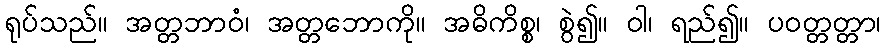
ရုပ်သည်။ အတ္တဘာဝံ၊ အတ္တဘောကို။ အဓိကိစ္စ၊ စွဲ၍။ ဝါ၊ ရည်၍။ ပဝတ္တတ္တာ၊